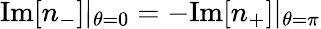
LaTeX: \mathrm{Im}[n_{-}]|_{\theta=0}=-\mathrm{Im}[n_{+}]|_{\theta=\pi}